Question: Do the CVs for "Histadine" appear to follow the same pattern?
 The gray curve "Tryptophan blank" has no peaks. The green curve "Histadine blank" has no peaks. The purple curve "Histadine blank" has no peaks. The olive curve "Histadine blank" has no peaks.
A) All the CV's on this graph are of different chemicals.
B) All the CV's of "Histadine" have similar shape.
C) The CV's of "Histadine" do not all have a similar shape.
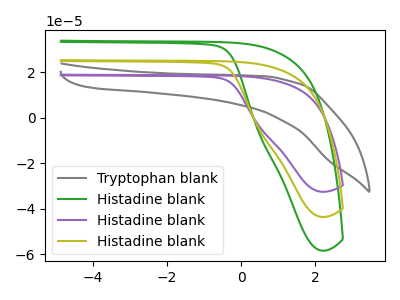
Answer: <think>Neither "Tryptophan blank" or "Histadine blank" have any peaks. Neither "Tryptophan blank" or "Histadine blank" have any peaks. Neither "Tryptophan blank" or "Histadine blank" have any peaks. Neither "Histadine blank" or "Histadine blank" have any peaks. Neither "Histadine blank" or "Histadine blank" have any peaks. Neither "Histadine blank" or "Histadine blank" have any peaks.
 </think>
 <answer>B) All the CV's of "Histadine" have similar shape.</answer>
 <eval>B</eval>